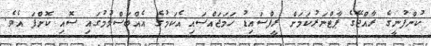
ކުންފުނީގެ ރާއްޖޭގެ ޕާޓްނަރުކަމަށް ރީފްސައިޑު ހަމަޖައްސައި އެކަމުގެ އެއްބަސްވުމުގައި ސޮއި ކޮށްފަ އެވެ.